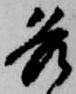
各